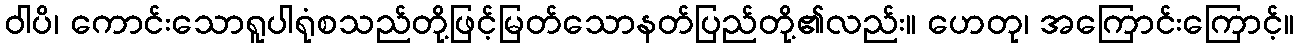
ဝါပိ၊ ကောင်းသောရူပါရုံစသည်တို့ဖြင့်မြတ်သောနတ်ပြည်တို့၏လည်း။ ဟေတု၊ အကြောင်းကြောင့်။